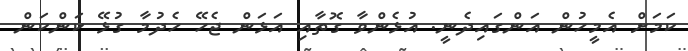
ކަމަށް އެމީހުން އަންގައިދެނީ. އުޅެންވާ ގޮތާއި އަޅަން ޖެހޭ ހެދުމާ ގުޅޭ ކަންކަން